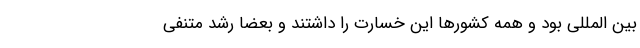
بین المللی بود و همه کشورها این خسارت را داشتند و بعضا رشد متنفی